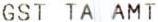
GST TA AMT